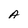
Character: A